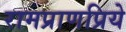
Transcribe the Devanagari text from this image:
रामप्राणप्रिये